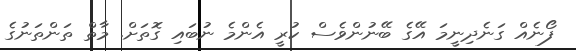
ފޯނެއް ގަނެދިނީމަ އޭގެ ބޭނުންވެސް ކުރީ އެންމެ ނުބައި ގޮތަށް. މާތް ތަންތަނުގެ